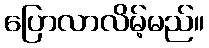
ပြောလာလိမ့်မည်။